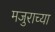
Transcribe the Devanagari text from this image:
मजुराच्या